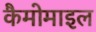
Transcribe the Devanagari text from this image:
कैमोमाइल